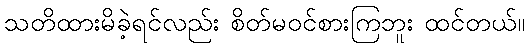
သတိထားမိခဲ့ရင်လည်း စိတ်မဝင်စားကြဘူး ထင်တယ်။